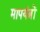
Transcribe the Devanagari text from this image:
मापयंत्रों